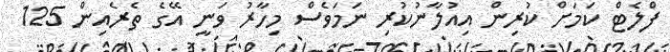
ފްލެޓް ކަމަށް ކުރިން އިއުލާނުކުރި ނަމަވެސް މިހާރު ވަނީ އޭގެ ތެރެއިން 125